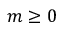
m \geq 0